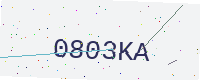
Text: 0803KA